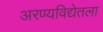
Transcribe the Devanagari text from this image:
अरण्यविद्येतला